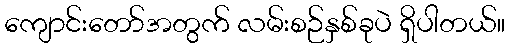
ကျောင်းတော်အတွက် လမ်းစဉ်နှစ်ခုပဲ ရှိပါတယ်။